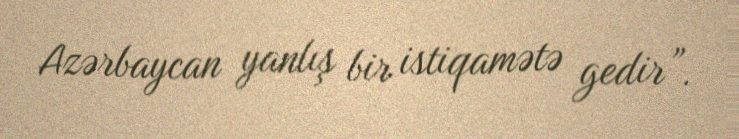
Azərbaycan yanlış bir istiqamətə gedir”.